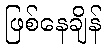
ဖြစ်နေချိန်